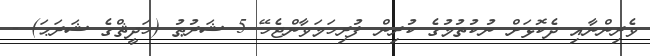
ވެރިންނާއި ދެކޮޅަށް ނުކުތުމުގެ ކުރިން ފުރިހަމަވާންޖެހޭ 5 ޝަރުޠު (ހަދީޘްގެ ޝަރަޙަ) -